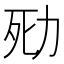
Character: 㱝